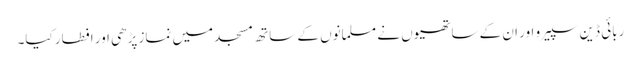
ربائی ڈین سپیر و اور ان کے ساتھیوں نے مسلمانوں کے ساتھ مسجد میں نماز پڑھی اور افطار کیا۔